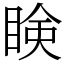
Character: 𥇥